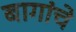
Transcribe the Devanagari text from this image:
बागांचे